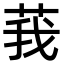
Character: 莪